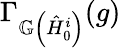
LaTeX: \Gamma_{\mathbb{G}\left(\hat{H}_{0}^{i}\right)}(g)